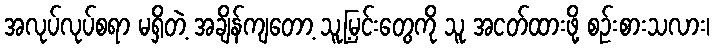
အလုပ်လုပ်စရာ မရှိတဲ့ အချိန်ကျတော့ သူ့မြင်းတွေကို သူ အငတ်ထားဖို့ စဉ်းစားသလား၊